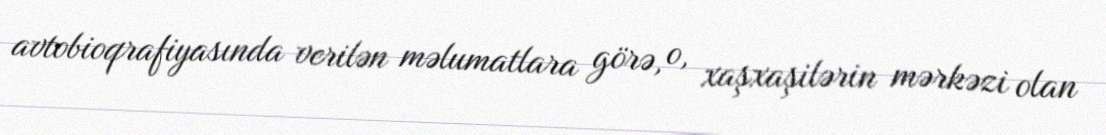
avtobioqrafiyasında verilən məlumatlara görə, o, xaşxaşilərin mərkəzi olan